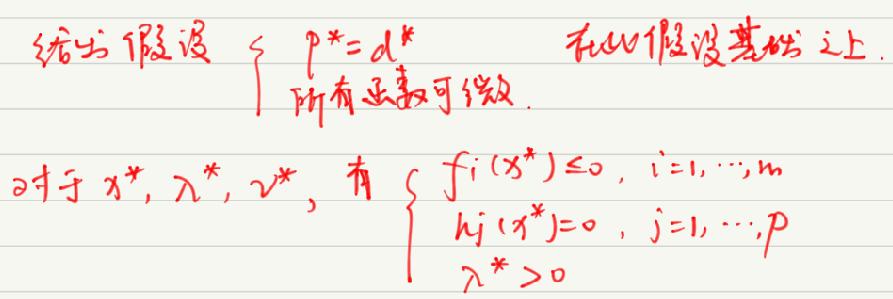
给出假设\\
\left\{
\begin{array}{l}
\(p^{*}=d^{*}\)\\
在上述假设基础之上.\\
所有系数可放.\\
\end{array}
\right.\\
对于\( x^{*},\lambda^{*},v^{*}\)，有\\
\left\{
\begin{array}{l}
\(f_{i}(x^{*})\leq0,\quad i = 1,\cdots,n\)\\
\(h_{j}(x^{*})=0,\quad j = 1,\cdots,p\)\\
\(\lambda^{*}>0\)\\
\end{array}
\right.